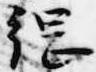
綱